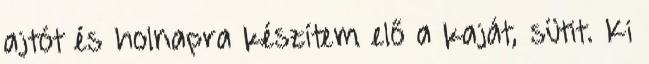
ajtót és holnapra készítem elő a kaját, sütit. Ki